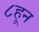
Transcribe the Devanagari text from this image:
८हून